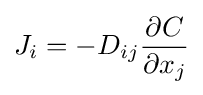
J_{i}=-D_{ij}{\frac {\partial C}{\partial x_{j}}}